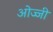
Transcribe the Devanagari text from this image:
ओज्जी